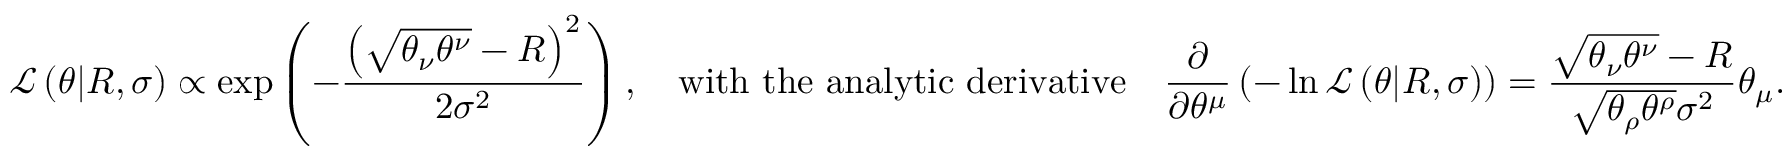
\mathcal { L } \left( \theta | R , \sigma \right) \propto \exp \left( - \frac { \left( \sqrt { \theta _ { \nu } \theta ^ { \nu } } - R \right) ^ { 2 } } { 2 \sigma ^ { 2 } } \right) , \quad \mathrm { w i t h ~ t h e ~ a n a l y t i c ~ d e r i v a t i v e } \quad \frac { \partial } { \partial \theta ^ { \mu } } \left( - \ln \mathcal { L } \left( \theta | R , \sigma \right) \right) = \frac { \sqrt { \theta _ { \nu } \theta ^ { \nu } } - R } { \sqrt { \theta _ { \rho } \theta ^ { \rho } } \sigma ^ { 2 } } \theta _ { \mu } .